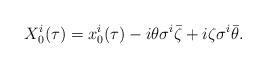
LaTeX: \begin{align*}X_0^i (\tau) = x_0^i(\tau) - i \theta\sigma^i \bar \zeta + i \zeta\sigma^i \bar \theta. \end{align*}